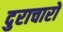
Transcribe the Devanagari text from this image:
दुराचारों